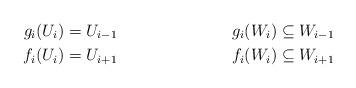
LaTeX: \begin{align*}g_i(U_{i}) &= U_{i-1} & g_i(W_{i}) &\subseteq W_{i-1}\\f_i(U_i) &= U_{i+1} & f_i(W_i) &\subseteq W_{i+1}\end{align*}